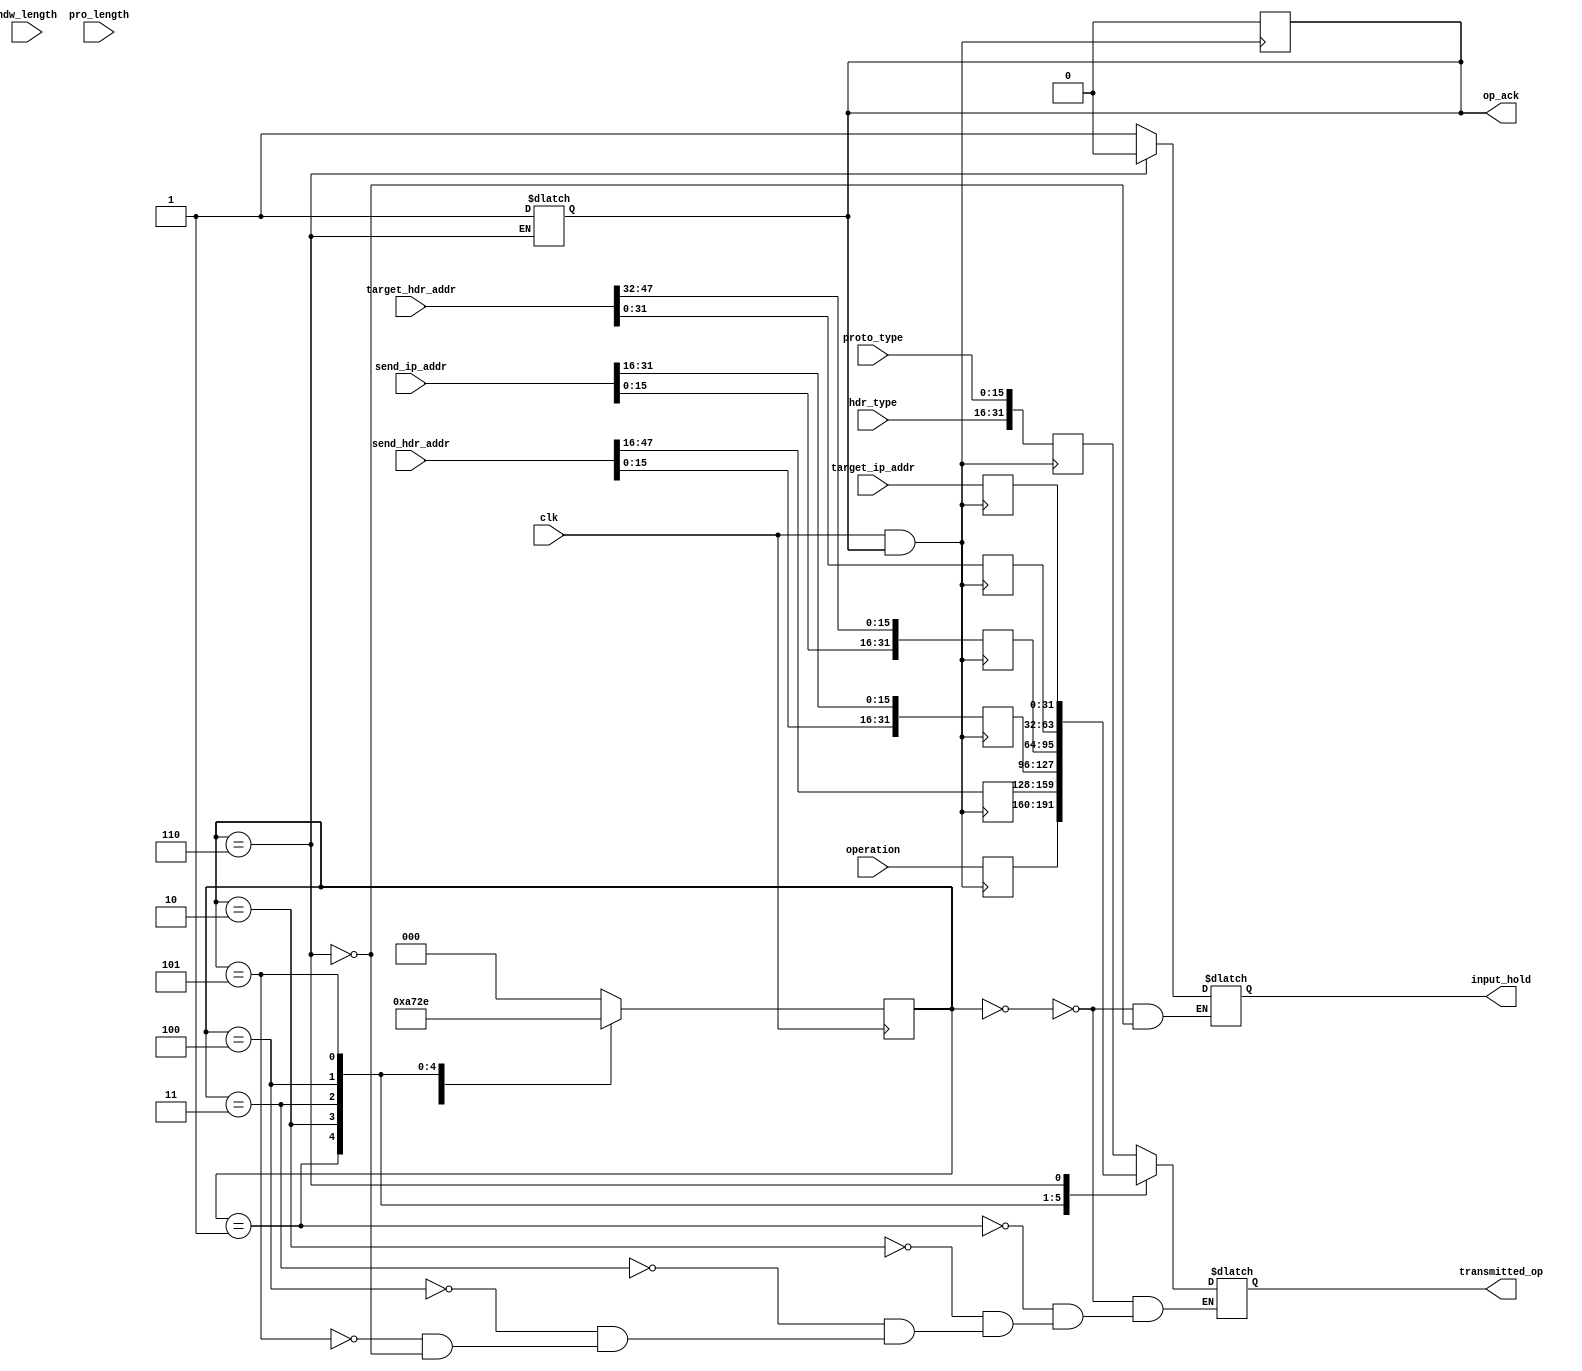
`timescale 1ns / 1ps
//////////////////////////////////////////////////////////////////////////////////
// Company: 
// Engineer: 
// 
// Design Name: 
// Module Name: arp_transm
// Project Name: 
// Target Devices: 
// Tool Versions: 
// Description: 
// 
// Dependencies: 
// 
// Revision:
// Revision 0.01 - File Created
// Additional Comments:
// 
//////////////////////////////////////////////////////////////////////////////////


module rarp_tra(hdw_length,pro_length,operation,hdr_type,proto_type,send_hdr_addr,send_ip_addr,target_hdr_addr,target_ip_addr,transmitted_op,clk,op_ack,input_hold);
input [15:0] hdr_type;        //hardware type
input [15:0] proto_type;      //protocol type
input [47:0] send_hdr_addr;   //sender mac address
input [31:0] send_ip_addr;    //sender ip address
input [47:0] target_hdr_addr; //target mac address
input [31:0] target_ip_addr;  //target ip address
input [7:0] hdw_length;
input [15:8] pro_length;
input [31:0] operation;
input clk;                    //clock

output reg [31:0] transmitted_op; //transmitted output 

output reg op_ack=1;  //output is transmitted

output reg input_hold=0;

 reg [31:0] R0;
 reg [31:0] R1;
 reg [31:0] R2;
 reg [31:0] R3;
 reg [31:0] R4;
 reg [31:0] R5;
 reg [31:0] R6;
 
 parameter s0=3'b000;
 parameter s1=3'b001;
 parameter s2=3'b010;
 parameter s3=3'b011;
 parameter s4=3'b100;
 parameter s5=3'b101;
 parameter s6=3'b110;
 
reg [2:0]state;
reg [2:0]next_state=s0;




always@(posedge clk & op_ack)
begin
   /*storing the input into temporary registers before transferring to the output*/
  R0 <= {hdr_type,proto_type};
  R1 <={hdw_length,pro_length,operation};
  R2 <= send_hdr_addr[47:16];
  R3 <= {send_hdr_addr[15:0],send_ip_addr[31:16]};
  R4 <= {send_ip_addr[15:0],target_hdr_addr[47:32]};
  R5 <= target_hdr_addr[31:0];
  R6 <= target_ip_addr;
  op_ack<=0;
  
 end
    
    


   
always@(posedge clk)
begin
state<=next_state;
end   

always@(state)
begin
case(state)
s0 : begin 
     next_state<=s1;
     transmitted_op<=R0;
     input_hold<=1;
     end
s1 : begin
     next_state<=s2;
     transmitted_op<=R1;
     end     
s2 : begin
     next_state<=s3;
     transmitted_op<=R2;
     end
s3 : begin 
     next_state<=s4;
     transmitted_op<=R3;
     end
s4 : begin 
     next_state<=s5;
     transmitted_op<=R4;
     end
s5 : begin 
     next_state<=s6;
     transmitted_op<=R5;
     end
 s6 : begin 
          next_state<=s0;
          transmitted_op<=R6;
          op_ack<=1;
          input_hold<=0;
          end   
default : next_state<=s0;

endcase




end



    
endmodule